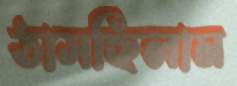
ঠাসছিলাম